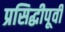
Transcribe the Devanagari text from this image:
प्रसिद्धीपूर्वी